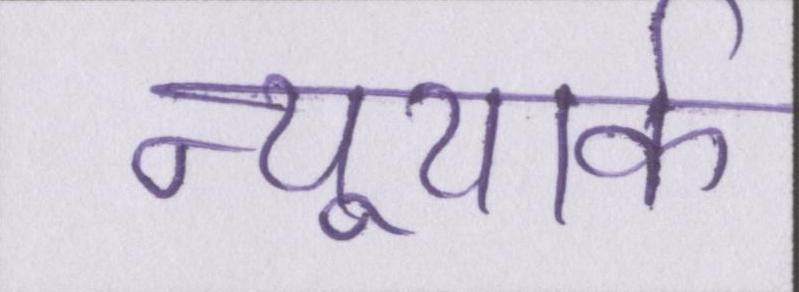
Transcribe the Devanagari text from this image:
न्यूयार्क